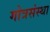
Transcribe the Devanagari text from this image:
गोत्रसंस्था